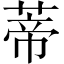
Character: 蒂